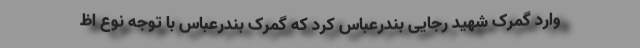
وارد گمرک شهید رجایی بندرعباس کرد که گمرک بندرعباس با توجه نوع اظ